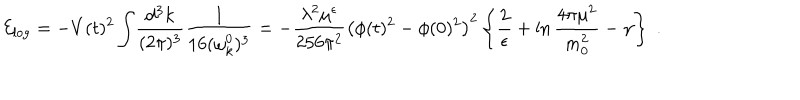
{ \cal E } _ { \mathrm { l o g } } = - V ( t ) ^ { 2 } \int \! \frac { \mathrm { d ^ { 3 } } k } { ( 2 \pi ) ^ { 3 } } \frac { 1 } { 1 6 ( \omega _ { k } ^ { 0 } ) ^ { 3 } } = - \frac { \lambda ^ { 2 } \mu ^ { \epsilon } } { 2 5 6 \pi ^ { 2 } } \left( \phi ( t ) ^ { 2 } - \phi ( 0 ) ^ { 2 } \right) ^ { 2 } \left\{ \frac { 2 } { \epsilon } + \ln \frac { 4 \pi \mu ^ { 2 } } { m _ { 0 } ^ { 2 } } - \gamma \right\} \; .